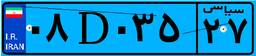
۸۵D۵۶۶۸۶